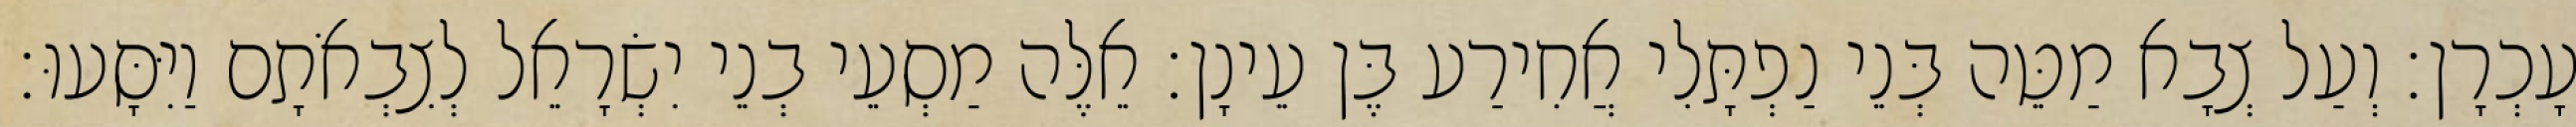
עָכְרָן׃ וְעַל צְבָא מַטֵּה בְּנֵי נַפְתָּלִי אֲחִירַע בֶּן עֵינָן׃ אֵלֶּה מַסְעֵי בְנֵי יִשְׂרָאֵל לְצִבְאֹתָם וַיִּסָּעוּ׃